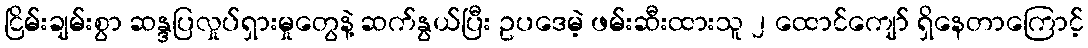
ငြိမ်းချမ်းစွာ ဆန္ဒပြလှုပ်ရှားမှုတွေနဲ့ ဆက်နွယ်ပြီး ဥပဒေမဲ့ ဖမ်းဆီးထားသူ ၂ ထောင်ကျော် ရှိနေတာကြောင့်